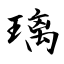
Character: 璃